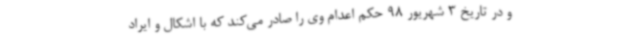
و در تاریخ 3 شهریور 98 حکم اعدام وی را صادر می‌کند که با اشکال و ایراد